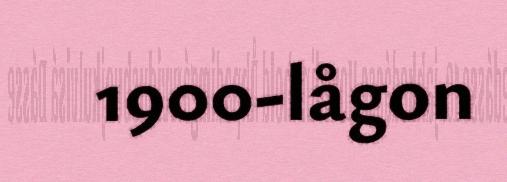
1900-lågon